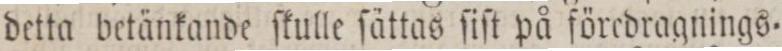
detta betänkande ſkulle ſättas ſiſt på föredragnings=